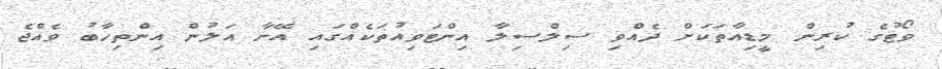
ވޯޓުގެ ކުރިން މީޑިއާތަކަށް ދެއްވި ސިލްސިލާ އިންޓަވިއުތަކެއްގައި އޭނާ އަލުން އިންތިހާބު ވެއްޖެ